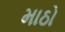
માઠો